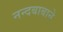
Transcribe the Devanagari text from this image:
नन्दबाबाने